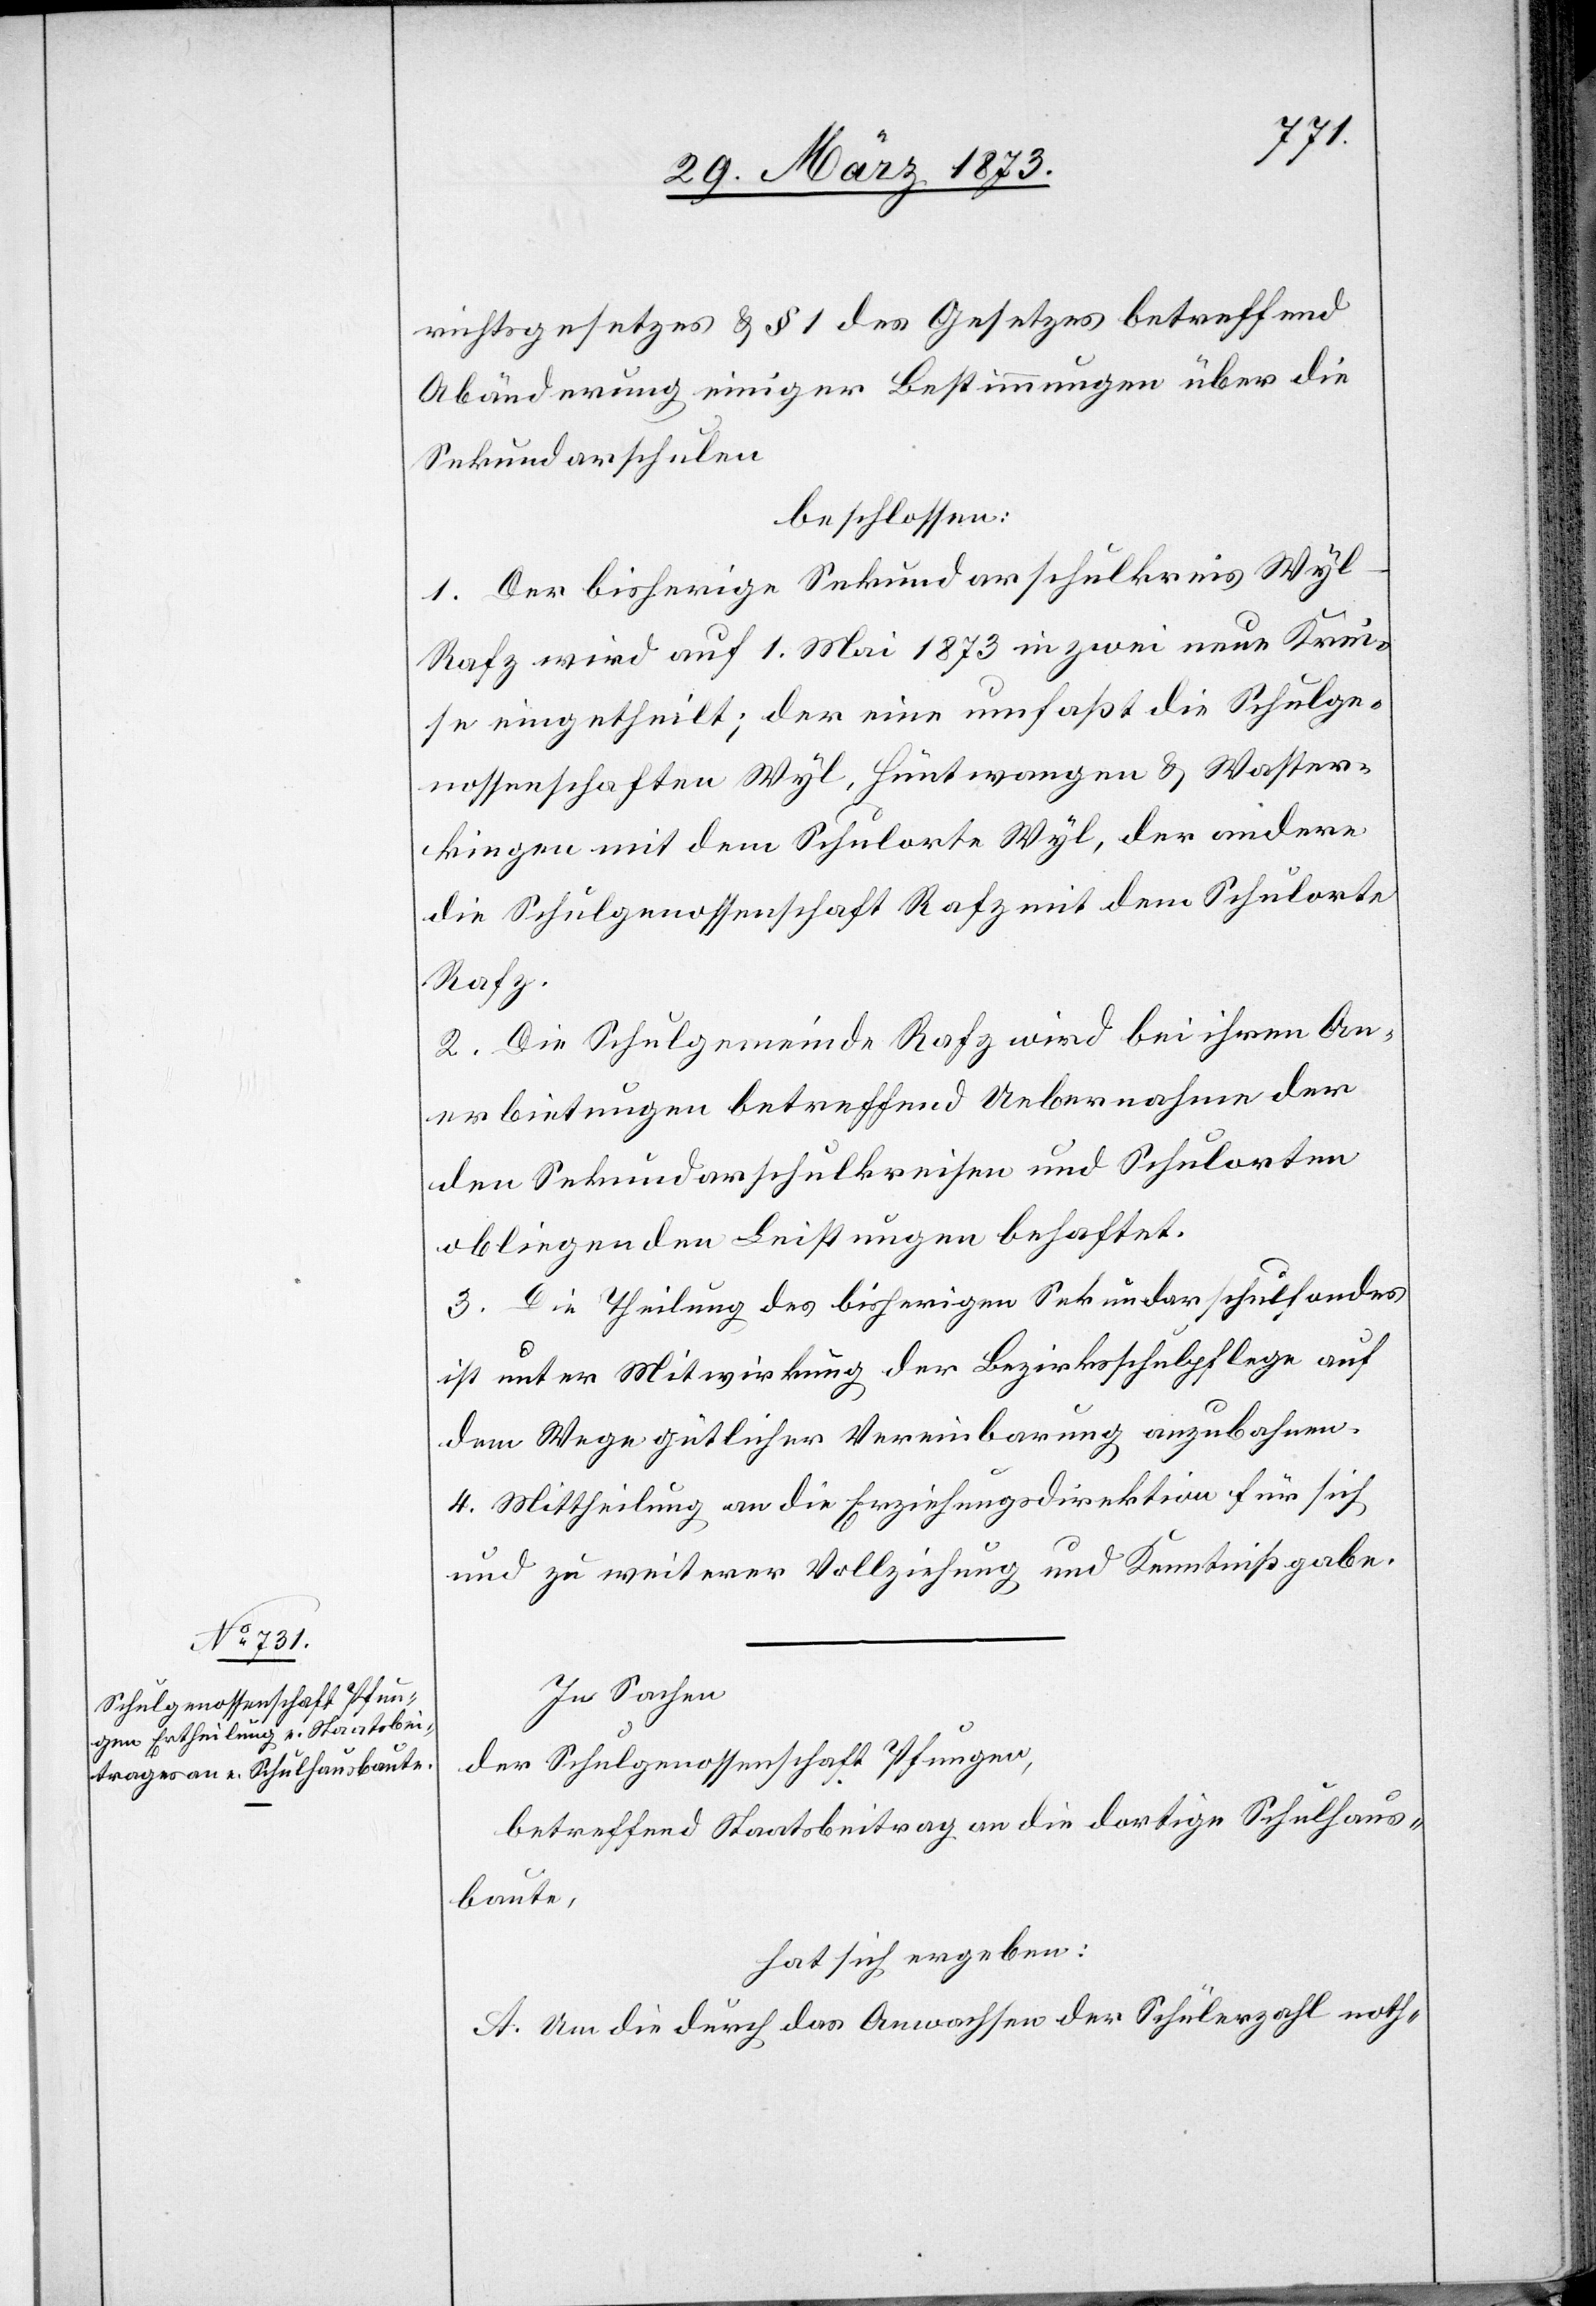
richtsgesetzes u. § 1 des Gesetzes betreffend
Abänderung einiger Bestimmungen über die
Sekundarschulen
beschlossen:
1. Der bisherige Sekundarschulkreis Wy¬
l-Rafz wird auf 1. Mai 1873 in zwei neue Krei¬
se eingetheilt; der eine umfaßt die Schulge¬
nossenschaften Wyl, Hüntwangen u. Waster¬
kingen mit dem Schulorte Wyl, der andere
die Schulgenossenschaft Rafz mit dem Schulorte
Rafz.
2. Die Schulgemeinde Rafz wird bei ihren An¬
erbietungen betreffend Uebernahme der
den Sekundarschulkreisen und Schulorten
obliegenden Leistungen behaftet.
3. Die Theilung des bisherigen Sekundarschulfondes
ist unter Mitwirkung der Bezirksschulpflege auf
dem Wege gütlicher Vereinbarung anzubahnen.
4. Mittheilung an die Erziehungsdirektion für sich
und zu weiterer Vollziehung und Kenntnißgabe.
In Sachen
der Schulgenossenschaft Pfungen,
betreffend Staatsbeitrag an die dortige Schulhaus¬
baute,
hat sich ergeben:
A. Um die durch das Anwachsen der Schülerzahlt noth-